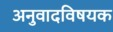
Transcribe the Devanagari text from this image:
अनुवादविषयक